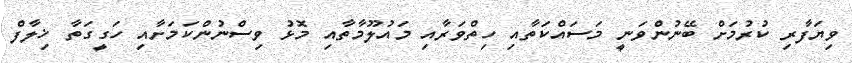
ވިޔަފާރި ކުރުމަށް ބޭނުންވަނީ މަސައްކަތާއި ހިތްވަރާއި މައުލޫމާތާއި މޮޅު ވިސްނުންކަމަށާއި ހަގީގަތާ ޚިލާފް